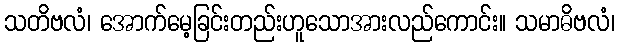
သတိဗလံ၊ အောက်မေ့ခြင်းတည်းဟူသောအားလည်ကောင်း။ သမာဓိဗလံ၊